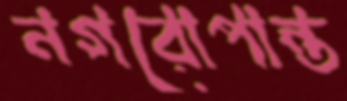
নগরোপান্ত